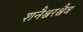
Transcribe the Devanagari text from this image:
शनैश्चरश्चैव